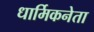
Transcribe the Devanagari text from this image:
धार्मिकनेता